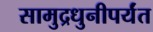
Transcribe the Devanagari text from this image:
सामुद्रधुनीपर्यंत